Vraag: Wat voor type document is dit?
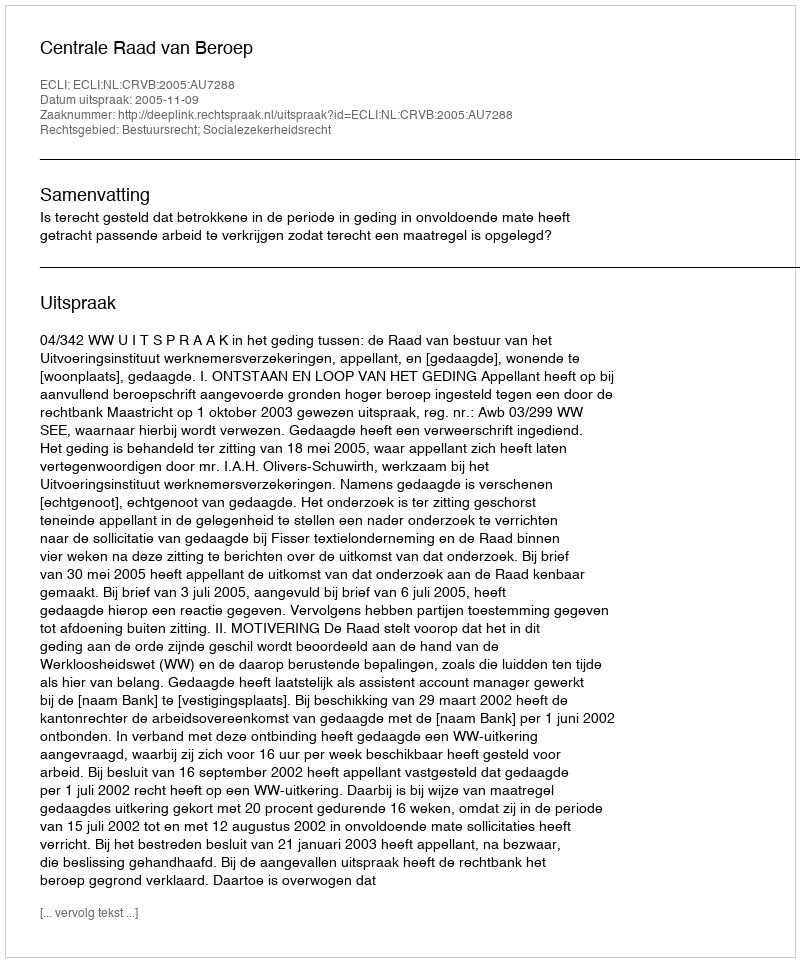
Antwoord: Uitspraak